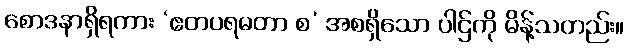
စောဒနာရှိရကား ‘ဧတပရမတာ စ’ အစရှိသော ပါဌ်ကို မိန့်သတည်း။